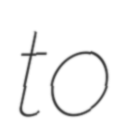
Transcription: to